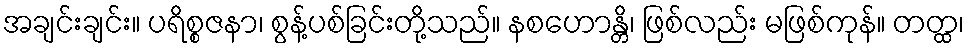
အချင်းချင်း။ ပရိစ္စဇနာ၊ စွန့်ပစ်ခြင်းတို့သည်။ နစဟောန္တိ၊ ဖြစ်လည်း မဖြစ်ကုန်။ တတ္ထ၊